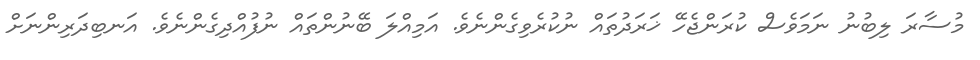
މުސާރަ ލިބުނު ނަމަވެސް ކުރަންޖެހޭ ޚަރަދުތައް ނުކުރެވިގެންނެވެ. އަމިއްލަ ބޭނުންތައް ނުފުއްދިގެންނެވެ. އަނބިދަރިންނަށް